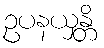
ဥပနယှန္တိ